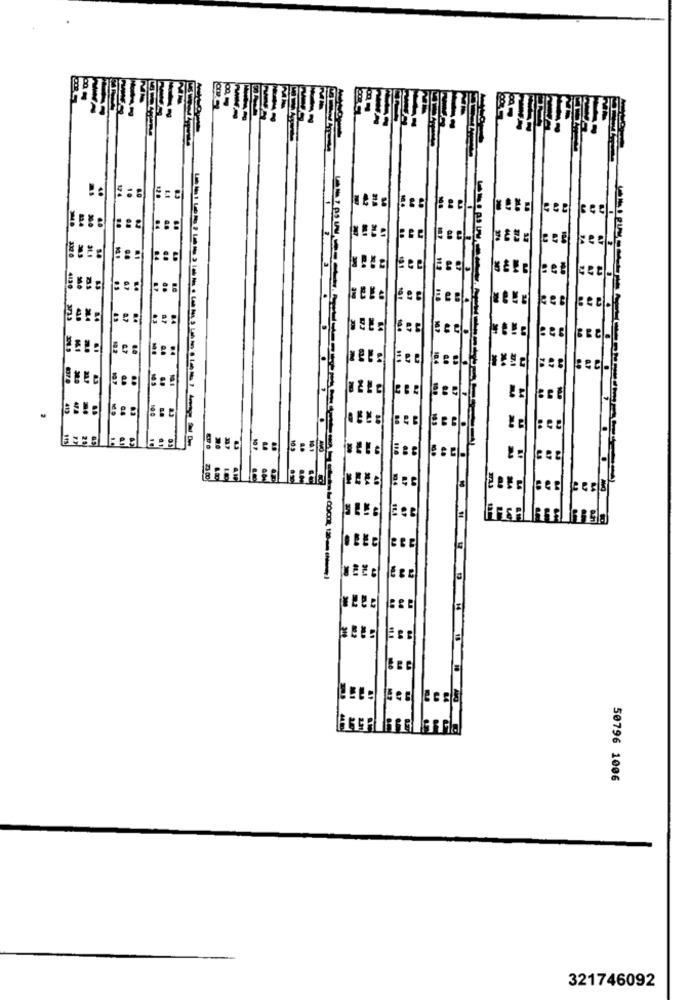
The
1.
HEESEes
104
50796 1006
321746092